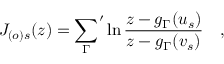
J _ { ( o ) s } ( z ) = { \sum _ { \Gamma } } ^ { \prime } \ln \frac { z - g _ { \Gamma } ( u _ { s } ) } { z - g _ { \Gamma } ( v _ { s } ) } \quad ,